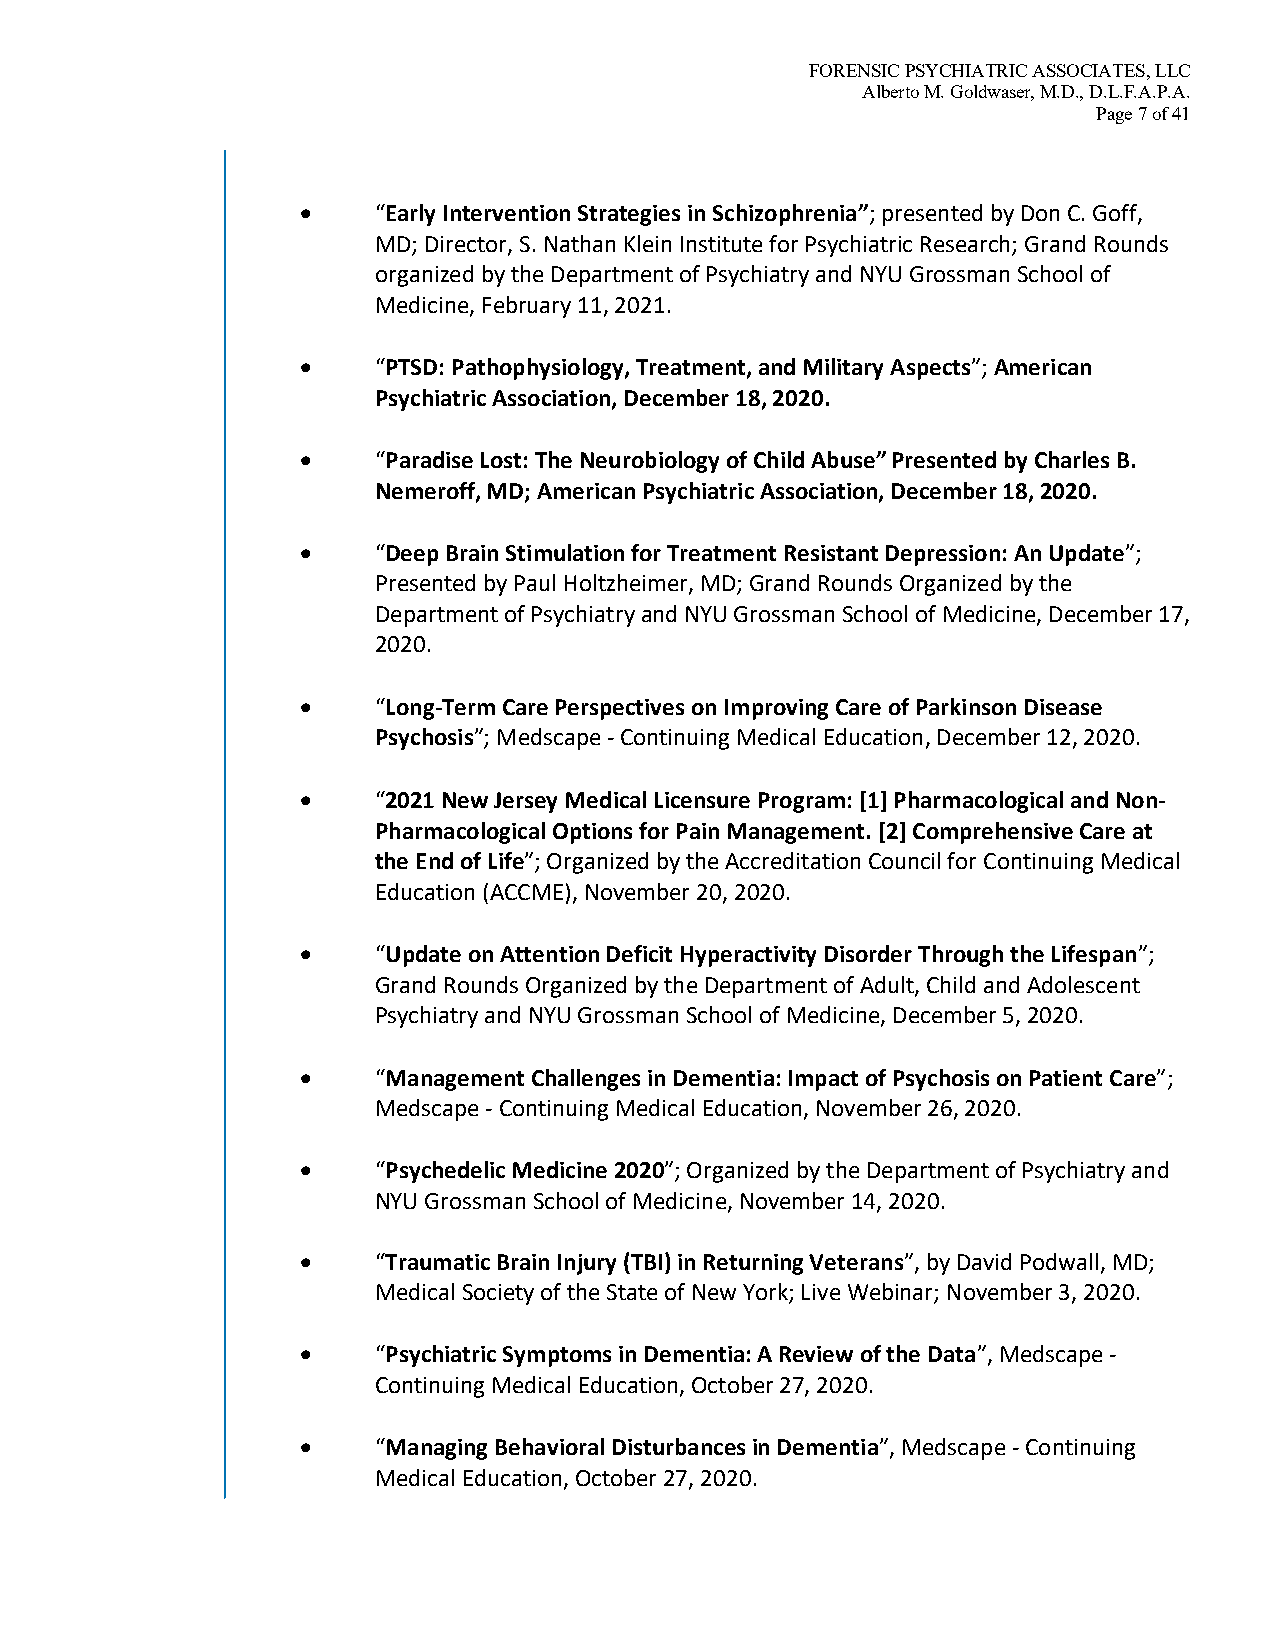
FORENSIC PSYCHIATRIC ASSOCIATES, LLC
 Alberto M. Goldwaser, M.D., D.L.F.A.P.A.
 Page 7 of 41
 •    “Early Intervention Strategies in Schizophrenia”; presented by Don C. Goff,
 MD; Director, S. Nathan Klein Institute for Psychiatric Research; Grand Rounds
 organized by the Department of Psychiatry and NYU Grossman School of
 Medicine, February 11, 2021.
 •    “PTSD: Pathophysiology, Treatment, and Military Aspects”; American
 Psychiatric Association, December 18, 2020.
 •    “Paradise Lost: The Neurobiology of Child Abuse” Presented by Charles B.
 Nemeroff, MD; American Psychiatric Association, December 18, 2020.
 •    “Deep Brain Stimulation for Treatment Resistant Depression: An Update”;
 Presented by Paul Holtzheimer, MD; Grand Rounds Organized by the
 Department of Psychiatry and NYU Grossman School of Medicine, December 17,
 2020.
 •    “Long-Term Care Perspectives on Improving Care of Parkinson Disease
 Psychosis”; Medscape - Continuing Medical Education, December 12, 2020.
 •    “2021 New Jersey Medical Licensure Program: [1] Pharmacological and Non-
 Pharmacological Options for Pain Management. [2] Comprehensive Care at
 the End of Life”; Organized by the Accreditation Council for Continuing Medical
 Education (ACCME), November 20, 2020.
 •    “Update on Attention Deficit Hyperactivity Disorder Through the Lifespan”;
 Grand Rounds Organized by the Department of Adult, Child and Adolescent
 Psychiatry and NYU Grossman School of Medicine, December 5, 2020.
 •    “Management Challenges in Dementia: Impact of Psychosis on Patient Care”;
 Medscape - Continuing Medical Education, November 26, 2020.
 •    “Psychedelic Medicine 2020”; Organized by the Department of Psychiatry and
 NYU Grossman School of Medicine, November 14, 2020.
 •    “Traumatic Brain Injury (TBI) in Returning Veterans”, by David Podwall, MD;
 Medical Society of the State of New York; Live Webinar; November 3, 2020.
 •    “Psychiatric Symptoms in Dementia: A Review of the Data”, Medscape -
 Continuing Medical Education, October 27, 2020.
 •    “Managing Behavioral Disturbances in Dementia”, Medscape - Continuing
 Medical Education, October 27, 2020.